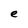
Character: e